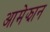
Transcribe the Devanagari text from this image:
आमेझान